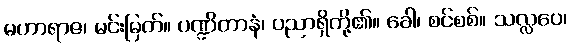
မဟာရာဇ၊ မင်းမြတ်။ ပဏ္ဍိတာနံ၊ ပညာရှိတို့၏။ ခေါ၊ စင်စစ်။ သလ္လပေ၊